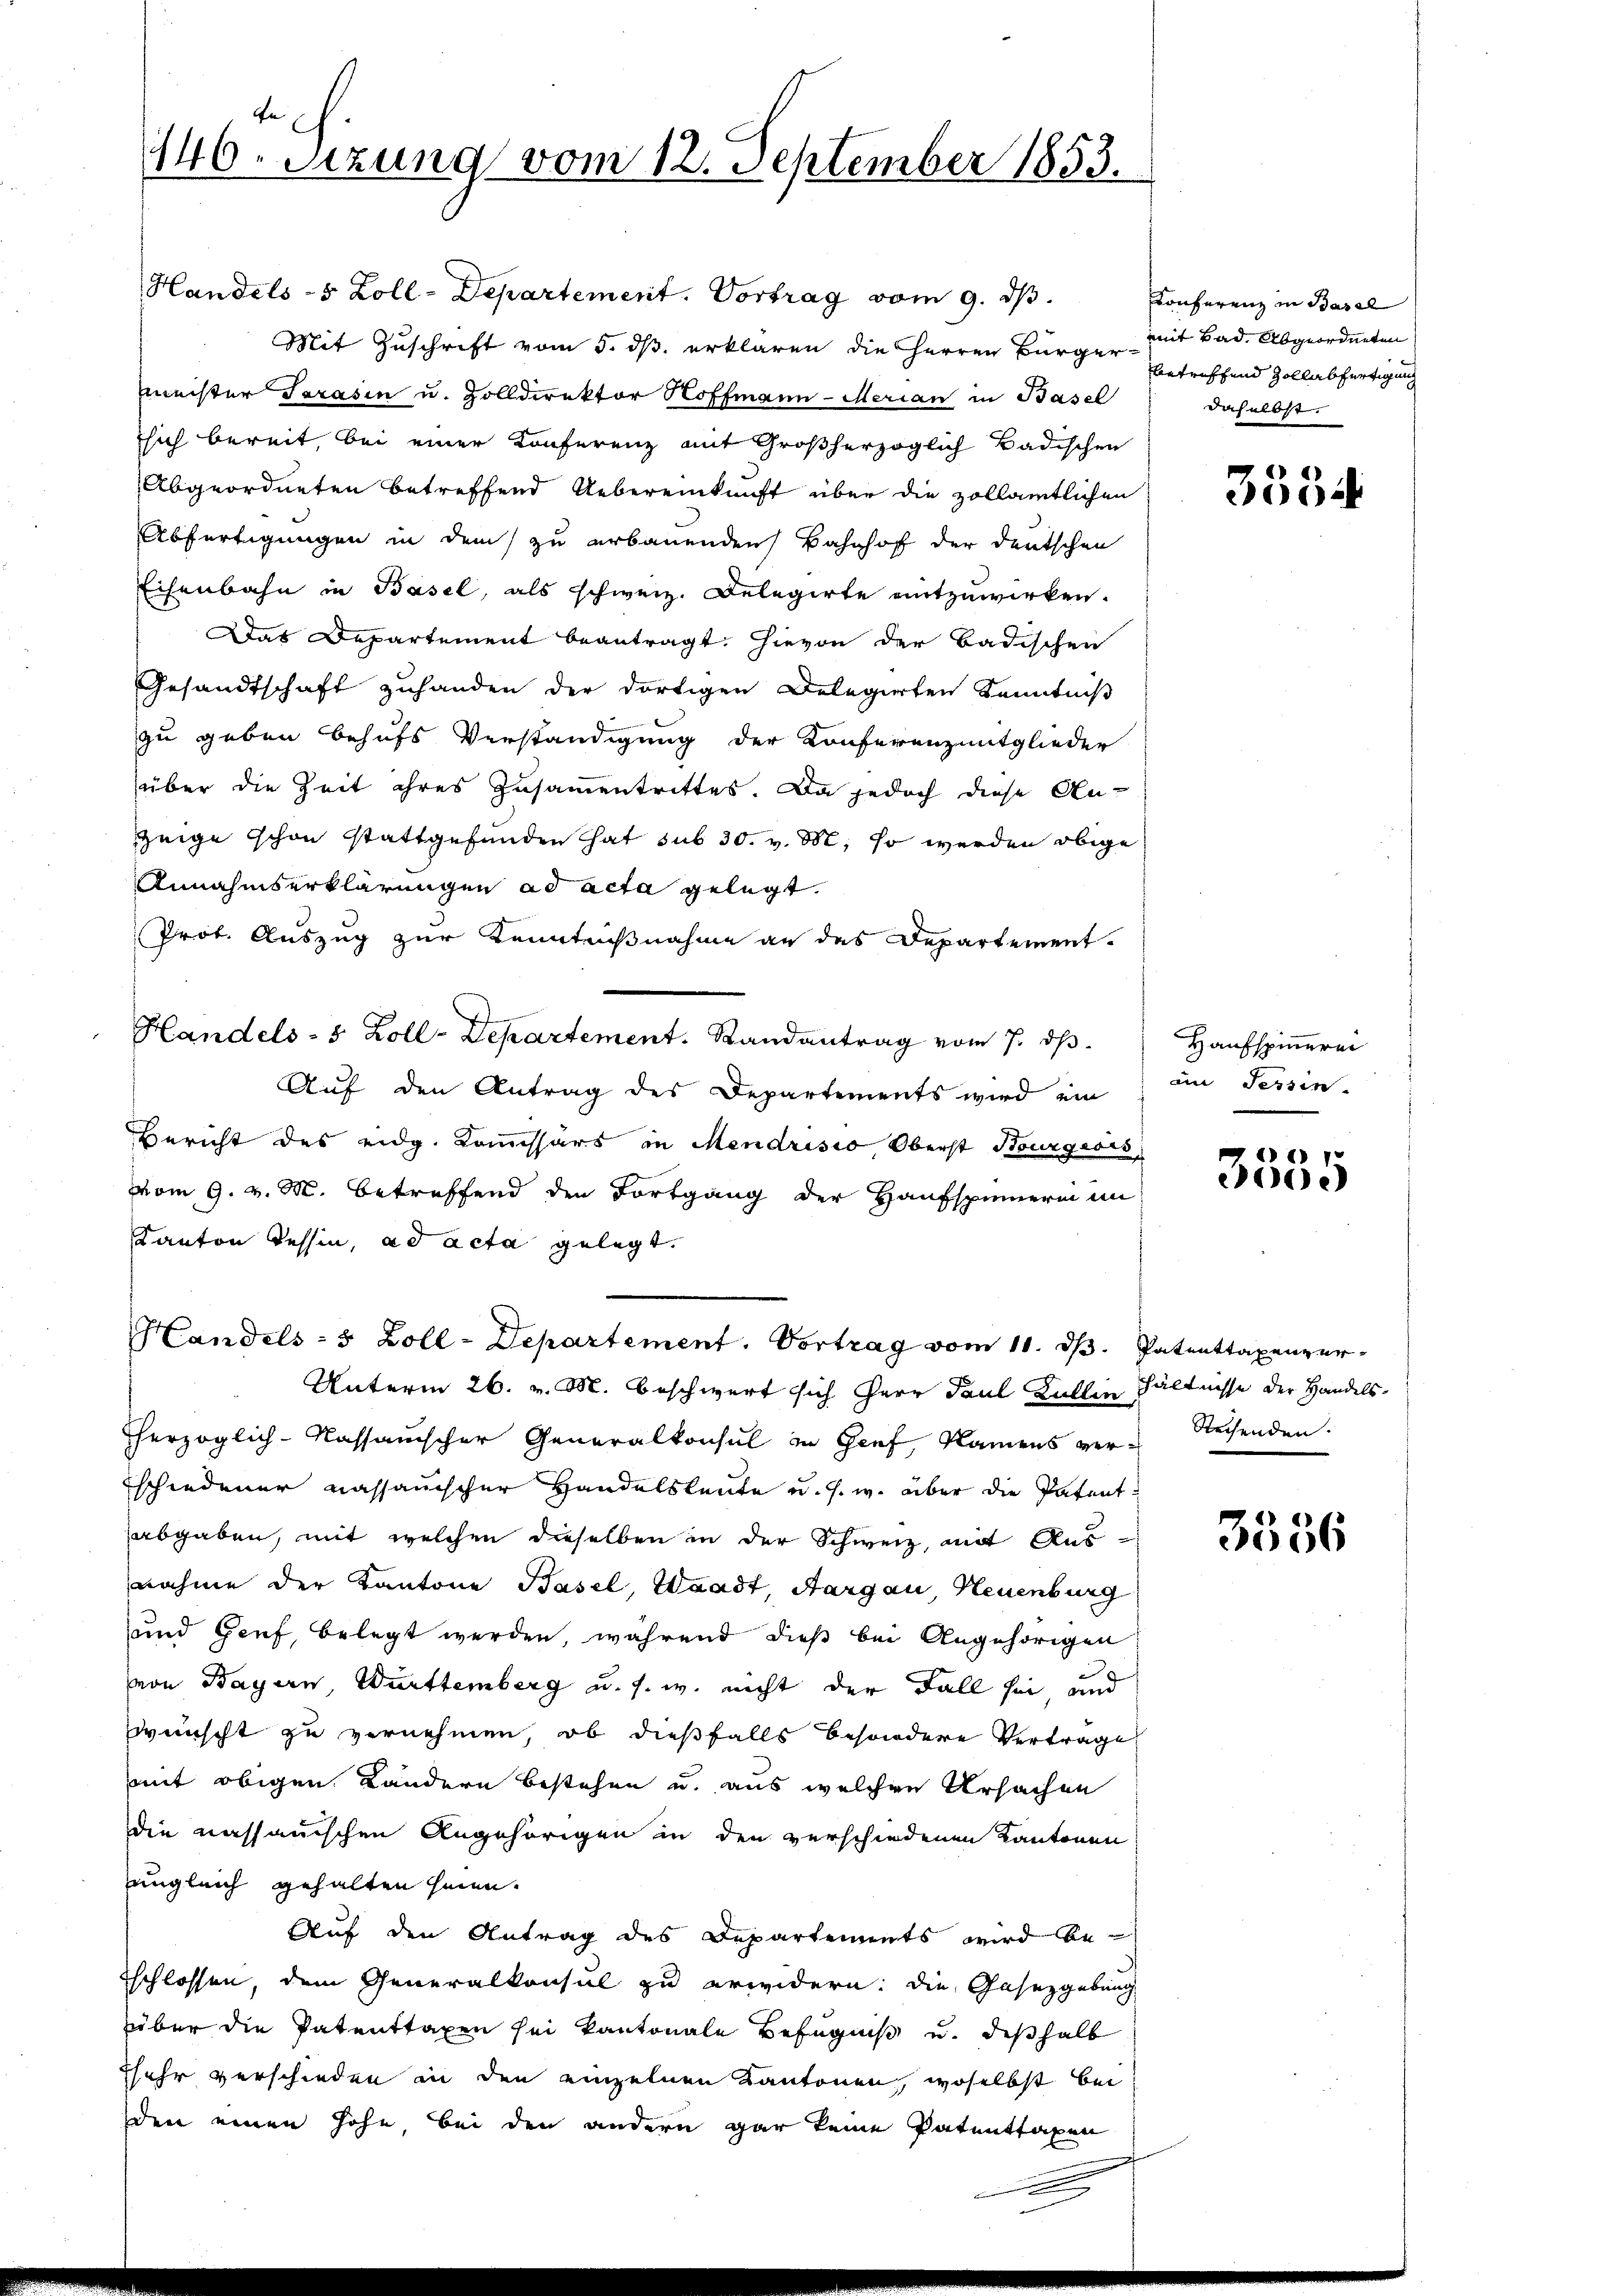
tn
146. Sizung vom 12. September 1853.

Handels- & Zoll-Departement. Vortrag vom 9. dβ.
Mit Zuschrift vom 5. dß erklären die Herren Bürger mit Bad. Abgeordneten
Meister Sarasen u. Zolldirektor Hoffmann Merian in Basel
sich bereit, bei einer Konferenz mit Großherzoglich Badischen
Abgeordneten betreffend Uebereinkunft über die zollamtlichen
Abfertigungen in dem zu erbauenden Bahnhof der deutschen
Eisenbahn in Basel, als schweiz. Delegirte mitzuwirken.
Das Departement beantragt. Hievon der Badischen
Gesandtschaft zuhanden der dortigen Delegierten Kenntniß
zu geben behufs Verständigung der Konferenzmitglieder
über die Zeit ihres Zusammentrittes. Da jedoch diese An-
zeige schon stattgefunden hat sub 30. v. M. so werden obige
Annahmserklärungen ad acta gelegt.
Prot. Auszug zur Kenntnißnahme an das Departement.
Handels- 5 Zoll-Departement. Randantrag vom 7. ds.
Auf den Antrag des Departements wird ein in Tessin-
Bericht des eidg. Komissärs in Mendrisio, Oberst Bourgeois
vom 9. v. M. betreffend den Fortgang der Hausspinnerin im
Kanton Tessin, ad acta gelegt.
Handels- & Zoll-Departement. Vortrag vom 11. dβ. Patenttaxenzer-
Unterm 26. v. M. beschwert sich Herr Paul Füllen hältnisse der Handelsherzoglich-Kassauischer Generalkonsul in Genf, Namens ver- Rechenden.
schiedener nassauischer Handelsleute u. s. w. über die Patent
abgaben, mit welchen dieselben in der Schweiz, mit Ausnahme der Kantone Basel, Waadt, Aargau, Neuenburg
und Genf, belegt werden, während dieß bei Angehörigen
von Bayern, Württemberg u. s. w. nicht der Fall sei und
wünscht zu vernehmen, ob dießfalls besondere Vertrage
mit obigen Ländern bestehen u. aus welchen Ursachen
die nassauischen Angehörigen in den verschiedenen Kantonen
ungleich gehalten seien.
Auf den Antrag des Departements wird betschlossen, dem Generalkonsul zu erwidern: die Gasezgebung
über die Patenttaxen sei kantonale Befugniß und deßhalb
Esehr verschieden in den einzelnen Kantonen, woselbst bei
den einen Höhe, bei den andern gar keine Patenttaxen

e

Conferenz in Basel
betreffend Zollabfertigung
daselbst.

3554

Haufspinnerei

E 13
e)

3556